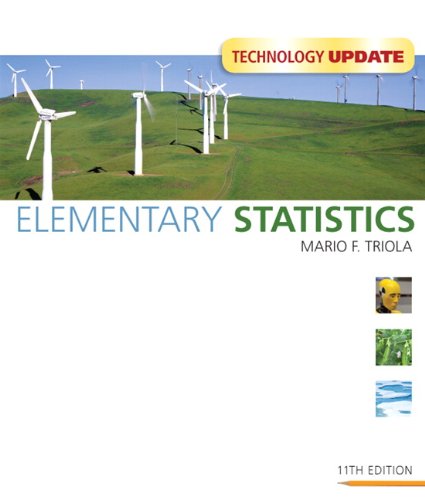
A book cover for Elementary Statistics Technology Update (11th Edition); Mario F. Triola; Medical Books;